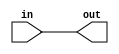
module EPC(in, out);

	parameter n = 32;

	input  [n-1:0] in;
	output [n-1:0] out;

	assign out = in;

endmodule